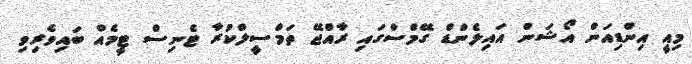
މިއީ އިންޑިއަން އޯޝަން އައިލެންޑް ގޭމްސްގައި ރާއްޖޭ ތަމްސީލްކުރާ ޓެނިސް ޓީމެއް ބައިވެރިވި